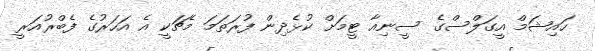
ހައިޝަމް އީގަލްސްގެ ސީނިއާ ޓީމަށް ކުޅެދިން ފުރަތަމަ މެޗަކީ އެ އަހަރުގެ ފެބްރުއަރީ